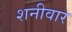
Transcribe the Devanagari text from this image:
शनीवार